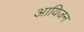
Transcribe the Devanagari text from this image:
आयिजन